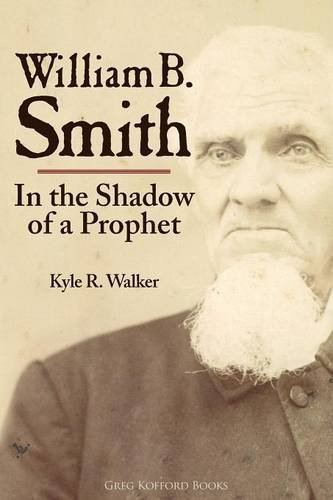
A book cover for William B. Smith: In the Shadow of a Prophet; Kyle R. Walker; Christian Books & Bibles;